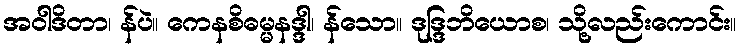
အဝါဒိတာ၊ န်ပဲ။ ကေနစိဓမ္မနဒ္ဒါ၊ န်သော။ ဒုဒ္ဒြဘိယောစ၊ သို့လည်းကောင်း။